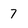
Character: 7